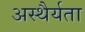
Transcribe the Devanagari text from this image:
अस्थैर्यता